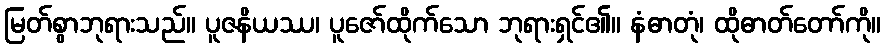
မြတ်စွာဘုရားသည်။ ပူဇနိယဿ၊ ပူဇော်ထိုက်သော ဘုရားရှင်၏။ နံဓာတုံ၊ ထိုဓာတ်တော်ကို။